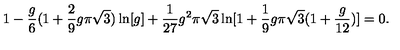
1 - { \frac { g } { 6 } } ( 1 + { \frac { 2 } { 9 } } g \pi \sqrt { 3 } ) \ln [ g ] + { \frac { 1 } { 2 7 } } g ^ { 2 } \pi \sqrt { 3 } \ln [ 1 + { \frac { 1 } { 9 } } g \pi \sqrt { 3 } ( 1 + { \frac { g } { 1 2 } } ) ] = 0 .